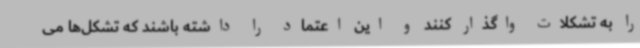
را به تشکلات واگذار کنند و این اعتماد را داشته باشند که تشکل‌ها می